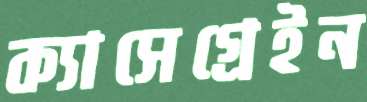
ক্যাসেগ্রেইন